Vaccination in the Punjab 1883-1896 - 1883-1896
Year: 1883
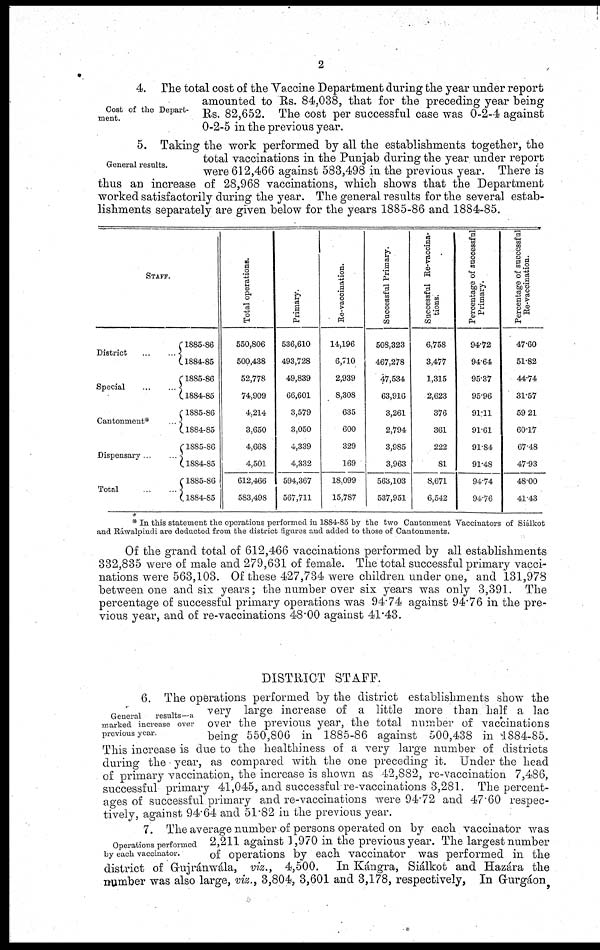
2
Cost of the Depart-
ment.
4. The total cost of the Vaccine Department during the year under report
amounted to Rs. 84,038, that for the preceding year being
Rs. 82,652. The cost per successful case was 0-2-4 against
0-2-5 in the previous year.
General results.
5. Taking the work performed by all the establishments together, the
total vaccinations in the Punjab during the year under report
were 612,466 against 583,498 in the previous year. There is
thus an increase of 28,968 vaccinations, which shows that the Department
worked satisfactorily during the year. The general results for the several estab-
lishments separately are given below for the years 1885-86 and 1884-85.
STAFF.
District
...
...
Special ... ...
Cantonment* ...
Dispensary ... ...
Total ... ...
1885-86
1884-85
1885-86
1884-85
1885-86
1884-85
1885-86
1884-85
1885-86
1884-85
Total operations.
550,806
500,438
52,778
74,909
4,214
3,650
4,668
4,501
612,466
583,498
Primary.
536,610
493,728
49,839
66,601
3,579
3,050
4,339
4,332
594,367
567,711
Re-vaccination.
14,196
6,710
2,939
8,308
635
600
329
169
18,099
15,787
Successful Primary.
508,323
467,278
47,534
63,916
3,261
2,794
3,985
3,963
563,103
537,951
Successful Re-vaccina-
tions.
6,758
3,477
1,315
2,623
376
361
222
81
8,671
6,542
Percentage of successful
Primary.
94.72
94.64
95.37
95.96
91.11
91.61
91.84
91.48
94.74
94.76
Percentage of successful
Re-vaccination.
47.60
51.82
44.74
31.57
59.21
60.17
67.48
47.93
48.00
41.43
* In this statement the operations performed in 1884-85 by the two Cantonment Vaccinators of Siálkot
and Ráwalpindi are deducted from the district figures and added to those of Cantonments.
Of the grand total of 612,466 vaccinations performed by all establishments
332,835 were of male and 279,631 of female. The total successful primary vacci-
nations were 563,103. Of these 427,734 were children under one, and 131,978
between one and six years; the number over six years was only 3,391. The
percentage of successful primary operations was 94.74 against 94.76 in the pre-
vious year, and of re-vaccinations 48.00 against 41.43.
DISTRICT STAFF.
General
results—a
marked increase over
previous year.
6. The operations performed by the district establishments show the
very large increase of a little more than half a lac
over the previous year, the total number of vaccinations
being 550,806 in 1885-86 against 500,438 in 1884-85.
This increase is due to the healthiness of a very large number of districts
during the year, as compared with the one preceding it. Under the head
of primary vaccination, the increase is shown as 42,882, re-vaccination 7,486,
successful primary 41,045, and successful re-vaccinations 3,281. The percent-
ages of successful primary and re-vaccinations were 94.72 and 47.60 respec-
tively, against 94.64 and 51.82 in the previous year.
Operations performed
by each vaccinator.
7. The average number of persons operated on by each vaccinator was
2,211 against 1,970 in the previous year. The largest number
of operations by each vaccinator was performed in the
district of Gujránwála, viz., 4,500. In Kángra, Siálkot and Hazára the
number was also large, viz., 3,804, 3,601 and 3,178, respectively, In Gurgáon,